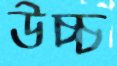
উচ্চ